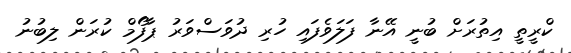
ކްރީތީ އިތުރަށް ބުނީ އޭނާ ފަލަވެފައި ހުރި ދުވަސްވަރު ޕާފޯމް ކުރަން ލިބުނު